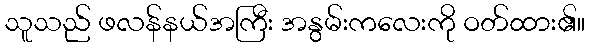
သူသည် ဖလန်နယ်အကြီး အနွမ်းကလေးကို ဝတ်ထား၏။